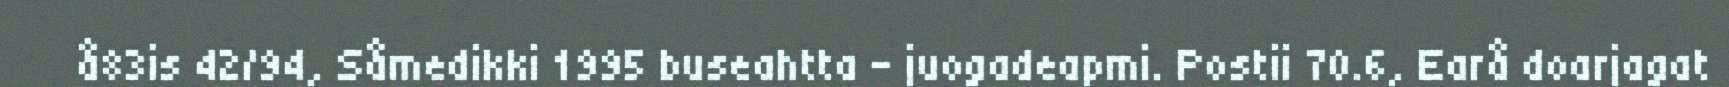
å83is 42/94, Såmedikki 1995 buseahtta - juogadeapmi. Postii 70.6, Earå doarjagat